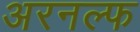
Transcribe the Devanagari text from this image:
अरनल्फ